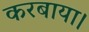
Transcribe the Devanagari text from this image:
करबाया।